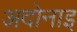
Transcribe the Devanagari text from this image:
अदोनाइ